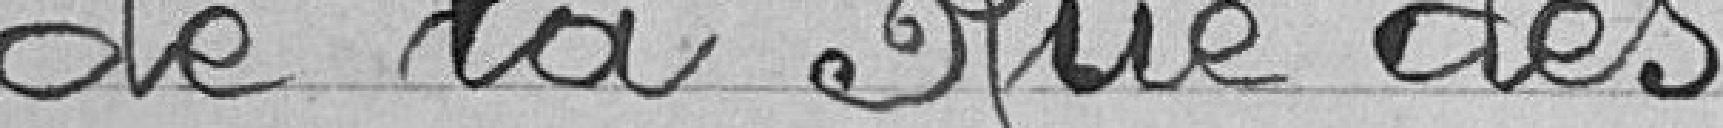
de la Rue des